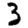
Digit: 3